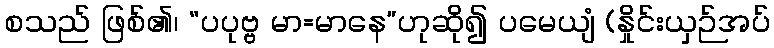
စသည် ဖြစ်၏၊ “ပပုဗ္ဗ မာ=မာနေ”ဟုဆို၍ ပမေယျံ (နှိုင်းယှဉ်အပ်